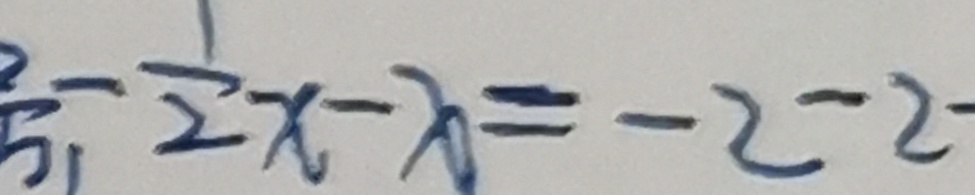
5 , - \frac { 1 } { 2 } x - x = - 2 - 2 -